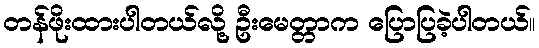
တန်ဖိုးထားပါတယ်လို့ ဦးမေတ္တာက ပြောပြခဲ့ပါတယ်။